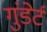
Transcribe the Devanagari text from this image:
गुंडेर्ट